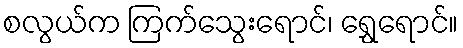
စလွယ်က ကြက်သွေးရောင်၊ ရွှေရောင်။